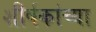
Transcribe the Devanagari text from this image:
शीर्षकांच्या